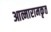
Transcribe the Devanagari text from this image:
आत्मारामकृत